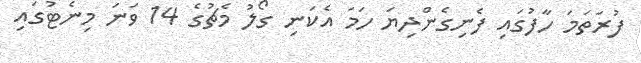
ފުރަތަމަ ހާފުގައި ފެނިގެންދިޔަ ހަމަ އެކަނި ގޯލު މެޗުގެ 14 ވަނަ މިނެޓުގައި